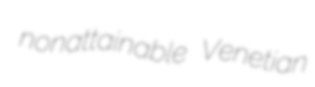
nonattainable Venetian